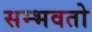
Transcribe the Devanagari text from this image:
सम्भवतो